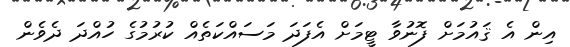
އިން އެ ޤައުމަށް ފޮނުވާ ޓީމަށް އެފަދަ މަސައްކަތެއް ކުރުމުގެ ހުއްދަ ދެވެން